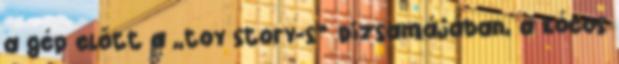
a gép előtt a „toy story-s” pizsamájában, a kócos